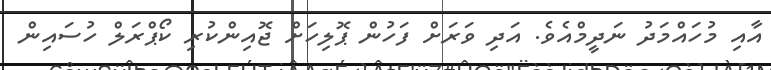
އާއި މުހައްމަދު ނަދީމްއެވެ. އަދި ވަރަށް ފަހުން ޕޮލިހަށް ޖޮއިންކުރި ކޯޕްރަލް ހުސައިން